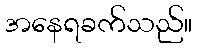
အနေရခက်သည်။